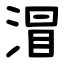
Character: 㴘